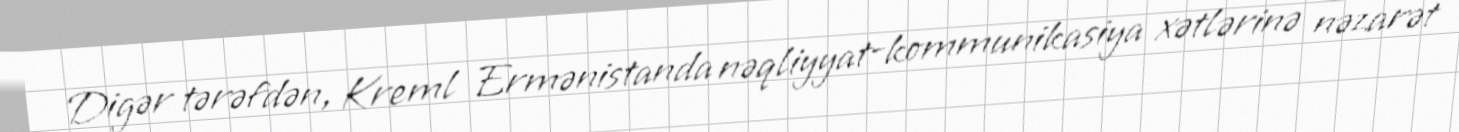
Digər tərəfdən, Kreml Ermənistanda nəqliyyat-kommunikasiya xətlərinə nəzarət